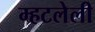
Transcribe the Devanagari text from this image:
म्हटलेली